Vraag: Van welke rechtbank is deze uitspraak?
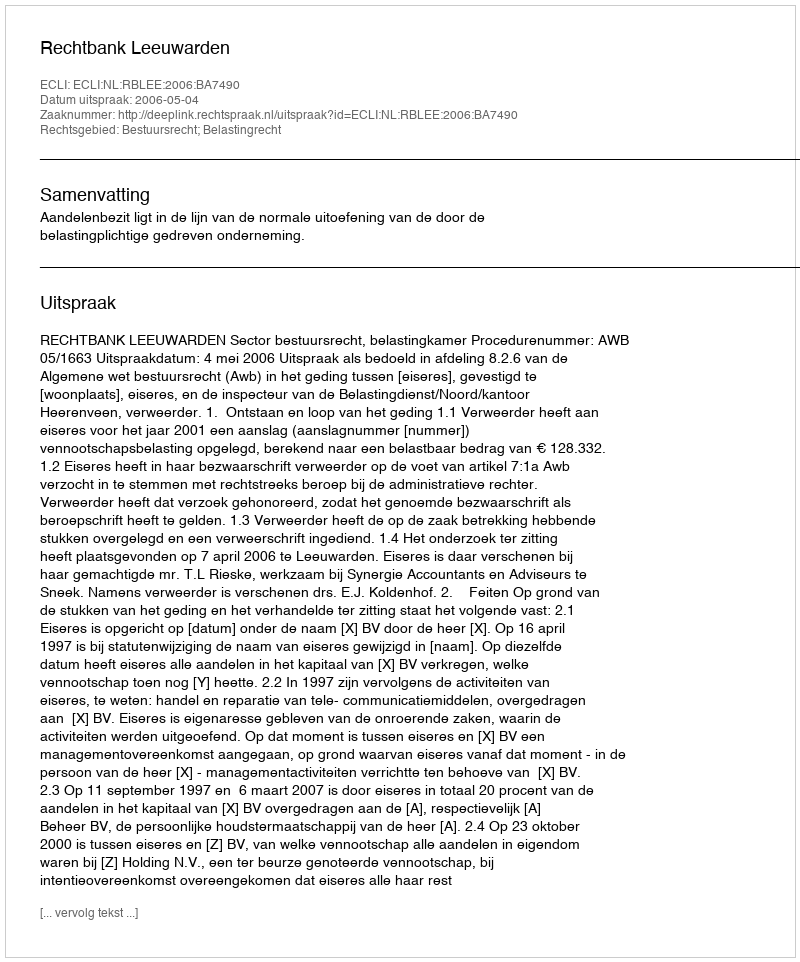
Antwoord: Rechtbank Leeuwarden